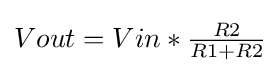
{\textstyle Vout=Vin*{\frac {R2}{R1+R2}}}